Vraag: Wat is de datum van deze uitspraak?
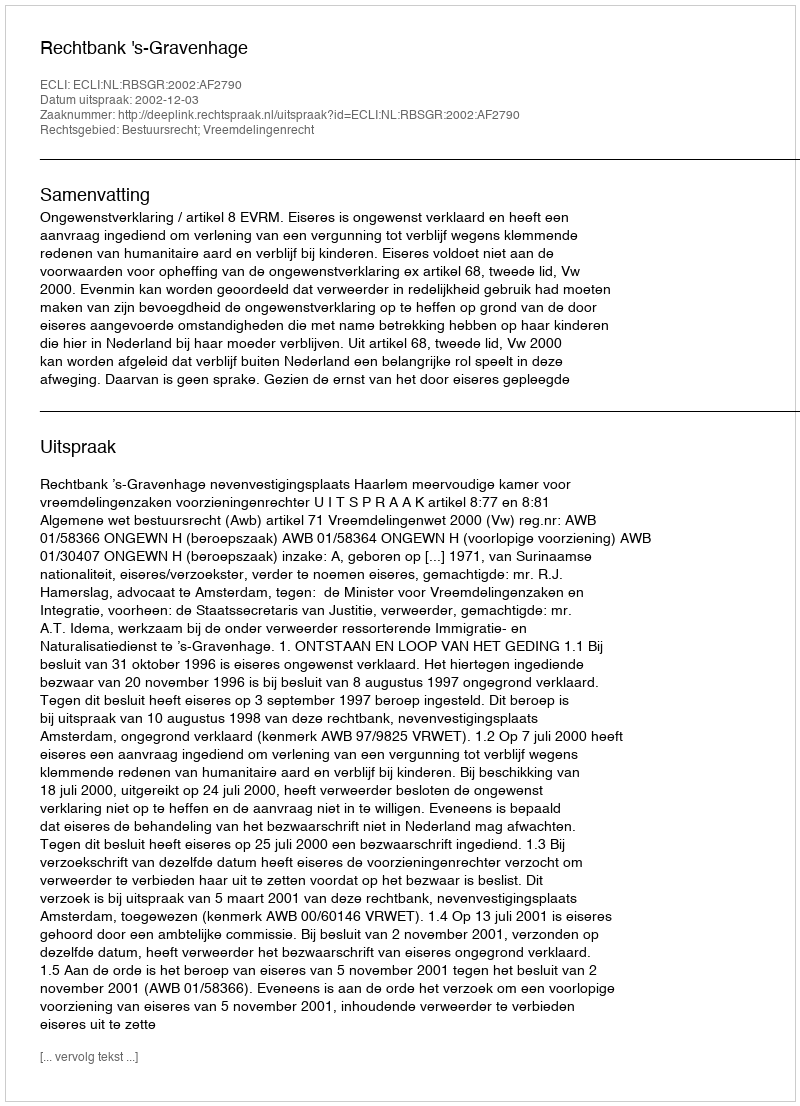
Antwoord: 2002-12-03